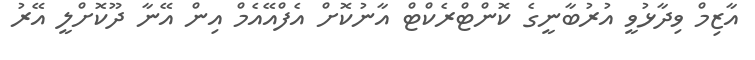
އާޒިމް ވިދާޅުވީ އުރުބާނީގެ ކޮންޓްރެކްޓް އާނުކޮށް އެފްއޭއެމް އިން އޭނާ ދޫކޮށްލީ އޭރު